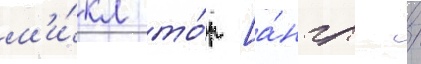
м'и́кл то́р [а́нгл. /